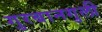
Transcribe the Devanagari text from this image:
गुरबानगुली